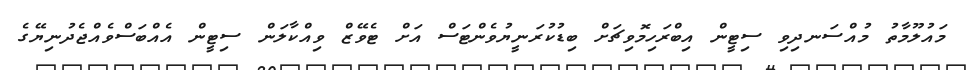
މައުލޫމާތު މުއްސަނދިވި ސިޓީން އިބްރަހިމޮވިޗަށް ބިޑުކުރަނީޔުވެންޓަސް އަށް ޓެވޭޒް ވިއްކާލަން ސިޓީން އެއްބަސްވެއްޖެދުނިޔޭގެ